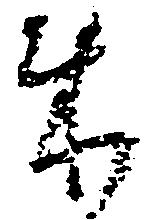
来